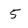
Character: 5